Civil Veterinary Dept. Bombay admin report 1907-1913 - 1907-1913
Year: 1907
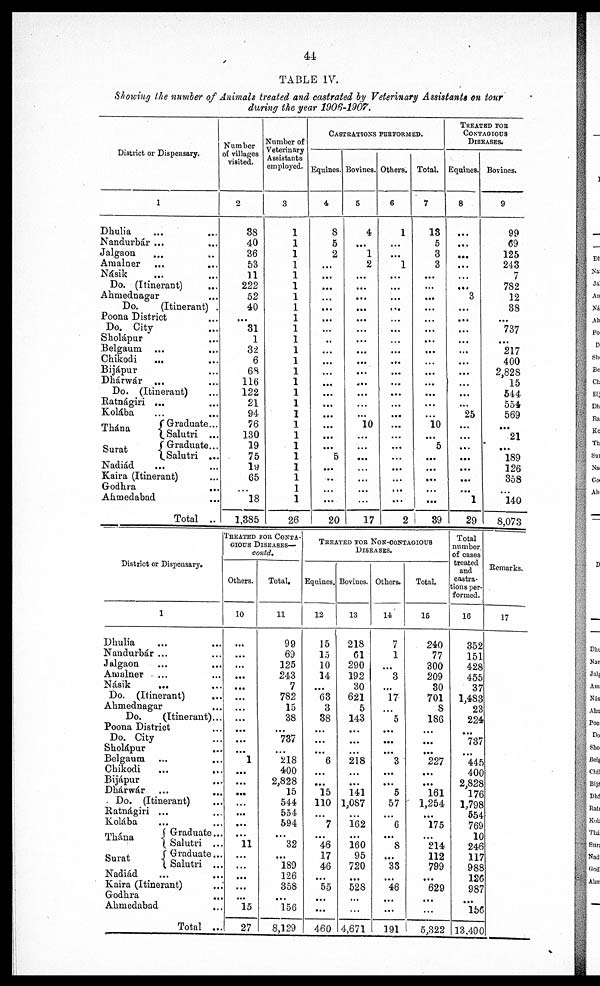
44
TABLE IV.
Showing the number of Animals treated and castrated by Veterinary Assistants on tour
during the year 1906-1907.
District or Dispensary.
1
Dhulia ... ...
Nandurbár ... ...
Jalgaon ... ...
Amalner ...
...
Násik ... ...
Do. (Itinerant)
Ahmednagar ...
Do.
(Itinerant)
Poona District ...
Do. City
Sholápur ...
Belgaum ... ...
Chikodi
... ...
Bijápur ...
Dhánwár ... ...
Do. (Itinerant) ...
Ratnágiri
...
Kolába ... ...
Thána
Graduate
...
Salutri ...
Surat Graduate ...
Salutri ...
Nadiád
Kaira (Itinerant) ...
Godhra
...
Ahmedabad ...
Total ...
Number
of villages
visited.
2
38
40
36
53
11
222
52
40
...
31
1
32
6
68
116
122
21
94
76
130
19
75
19
65
18
1,885
Number of
Veterinary
Assistants
employed.
3
1
1
1
1
1
1
1
1
1
1
1
1
1
1
1
1
1
1
1
1
1
1
1
1
1
1
26
CASTRATION PERFORMED.
Equines.
4
3
5
2
...
...
...
...
...
...
...
...
...
...
...
...
...
...
...
...
...
5
...
..
...
20
Bovines.
5
4
...
1
2
...
...
...
...
...
...
...
...
...
...
...
...
...
...
10
...
...
...
...
17
Others.
6
1
...
...
1
...
...
...
...
...
...
...
...
...
...
...
...
...
...
...
...
...
...
...
...
...
2
Total.
7
18
5
3
3
...
...
...
...
...
...
...
...
...
...
...
...
...
...
10
...
5
...
...
...
...
...
39
TREATED FOR
CONTAGIOUS
DISEASES.
Equines.
8
...
...
...
...
...
...
3
...
...
...
...
...
...
...
...
...
...
25
...
...
...
...
...
...
1
29
Bovines.
9
99
69
125
243
7
782
12
38
...
737
...
217
400
2,828
15
544
554
569
...
21
189
126
358
140
8,073
District or Dispensary.
1
Dhulia ... ...
Nandurbár ... ...
Jalgaon ... ...
Amalner ... ...
Násik
... ...
Do. (Itinerant) ...
Ahmednagar ...
Do.
(Itinerant) ...
Poona District ...
Do. City
Sholápur ...
Belgaum ... ...
Chikodi
...
...
Bijápur
Dhárwár ... ...
Do. (Itinerant)
Ratnágiri ... ...
Kolába
Thána
Surat
Graduate ...
Salutri
...
Graduate ...
Salutri
...
Nadiád
Kaira (Itinerant) ...
Godhra ...
Ahmedabad
...
Total ...
TREATED FOR CONTA-
----- DISEASES—
contd.
Others.
10
...
...
...
...
...
...
...
...
...
...
...
1
...
...
...
...
...
...
...
11
...
...
...
...
...
15
27
Total.
11
99
69
125
243
7
782
15
38
...
737
...
218
400
2,828
15
544
554
594
...
32
...
189
126
358
...
156
8,129
TREATED FOR NON-CONTAGIOUS
DISEASES.
Equines.
12
15
15
10
14
...
63
3
38
...
...
...
6
...
...
15
110
...
7
...
46
17
46
...
55
...
...
460
Bovines.
13
218
61
290
192
30
621
5
143
...
...
218
...
...
141
1,087
...
162
...
160
95
720
...
528
...
...
4,671
Others.
14
7
1
...
3
...
17
...
5
...
...
...
3
...
...
5
57
...
6
...
8
...
33
46
...
...
191
Total.
15
240
77
300
209
30
701
8
186
...
227
...
...
161
1,254
...
175
...
214
112
799
...
629
...
...
5,322
Total
number
of cases
treated
and
castra-
tions per-
formed.
16
352
151
428
455
37
1,483
23
224
737
445
400
2,828
176
1,798
554
769
10
246
117
988
126
987
...
156
13,490
Remarks.
17